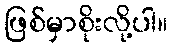
ဖြစ်မှာစိုးလို့ပါ။